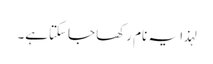
لہذا یہ نام رکھا جاسکتاہے۔